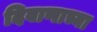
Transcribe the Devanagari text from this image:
दिवाणाच्या